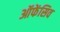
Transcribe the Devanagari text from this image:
ऑफेंसिव